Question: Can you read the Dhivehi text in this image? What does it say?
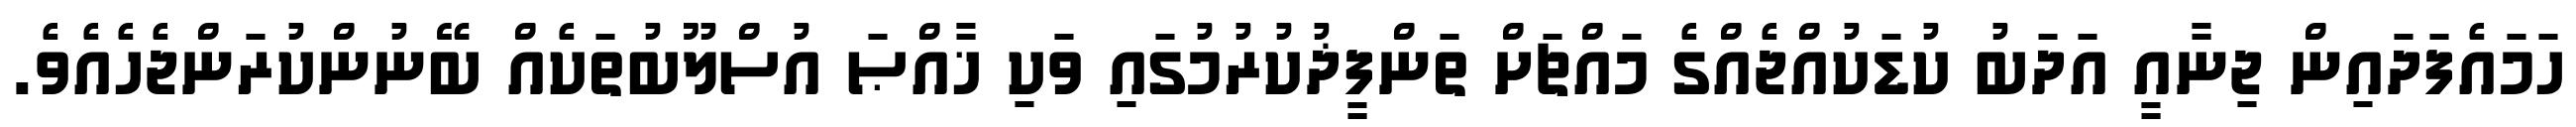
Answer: ހަމައެފަދައިން ޖިނާއީ އަދަބު ކުޑަކުއްޖެއްގެ މައްޗަށް ތަންފީޛުކުރުމުގައި ވަކި ޚާއްޞަ އުސްލޫބުތަކެއް ބޭނުންކުރަންޖެހެއެވެ.